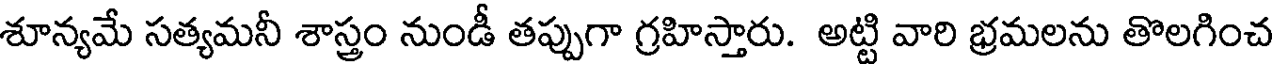
శూన్యమే సత్యమనీ శాస్త్రం నుండీ తప్పుగా గ్రహిస్తారు. అట్టి వారి భ్రమలను తొలగించ